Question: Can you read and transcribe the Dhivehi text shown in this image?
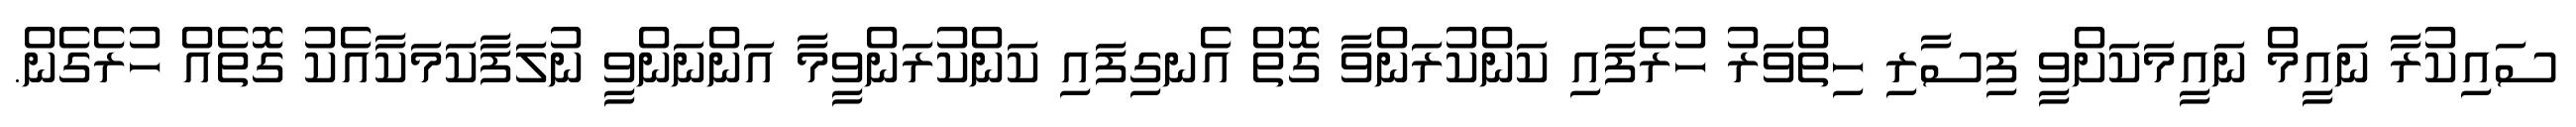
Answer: ސައިކުރާ ނައީމް ނައީމަކަށްވީ ފިސާރި ހިތްވަރު ހުރެފައި ކަންކުރަންވާ ގޮތް އެނގިފައި ކަންކުރަންވީމާ އަންނަންވީ ނުލަފާކަމަކާއެކު ގޮތެއް ހުރެގެން.